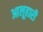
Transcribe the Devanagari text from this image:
आलूहारी